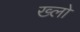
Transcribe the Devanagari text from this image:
ख्लो